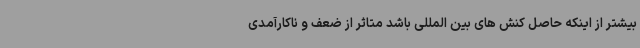
بیشتر از اینکه حاصل کنش های بین المللی باشد متاثر از ضعف و ناکارآمدی